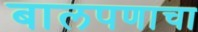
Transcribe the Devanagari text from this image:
बालपणाचा